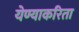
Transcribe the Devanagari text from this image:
येण्याकरिता